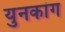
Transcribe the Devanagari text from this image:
युनकांग